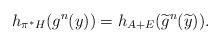
LaTeX: \begin{align*}h_{\pi^{*}H}(g^{n}(y))=h_{A+E}( \widetilde{g}^{n}( \widetilde{y})).\end{align*}